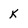
Character: k